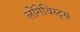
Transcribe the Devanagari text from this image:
लोंगेविस्ट्स